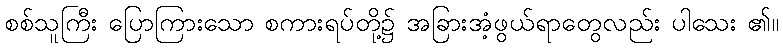
စစ်သူကြီး ပြောကြားသော စကားရပ်တို့၌ အခြားအံ့ဖွယ်ရာတွေလည်း ပါသေး ၏။